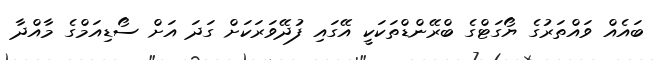
ބައެއް ވައްތަރުގެ ޔޯގަޓްގެ ބްރޭންޑްތަކަކީ އޭގައި ފުދޭވަރަކަށް ގަދަ އަށް ސޯޑިއަމްގެ މާއްދާ